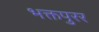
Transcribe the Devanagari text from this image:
भक्तपुरर